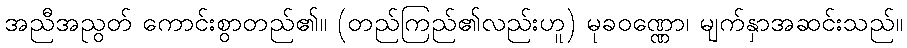
အညီအညွတ် ကောင်းစွာတည်၏။ (တည်ကြည်၏လည်းဟူ) မုခဝဏ္ဏော၊ မျက်နှာအဆင်းသည်။